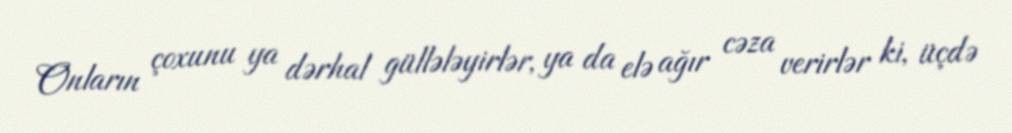
Onların çoxunu ya dərhal güllələyirlər, ya da elə ağır cəza verirlər ki, üçdə